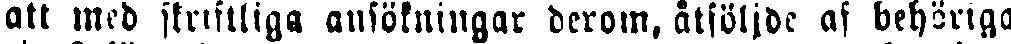
att med skriftliga ansköningar derom, åtföljde af behöriga